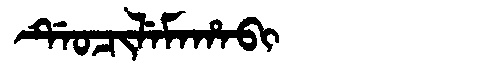
Manchu: ᡩᡝᠣᠴᡳᠯᡝᠮᠠᡥᠠᠪᡳ
Romanization: DEOCILEMAHABI